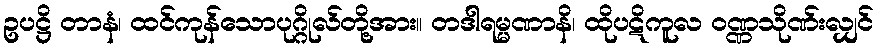
ဥပဋ္ဌိ တာနံ၊ ထင်ကုန်သောပုဂ္ဂိုလ်တို့အား။ တဒါရမ္မဏာနိ၊ ထိုပဋိကူလ ဝဏ္ဏသိုဏ်းလျှင်